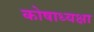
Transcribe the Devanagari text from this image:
कोषाध्यक्षा